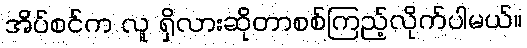
အိပ်စင်က လူ ရှိလားဆိုတာစစ်ကြည့်လိုက်ပါမယ်။